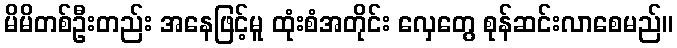
မိမိတစ်ဦးတည်း အနေဖြင့်မူ ထုံးစံအတိုင်း လှေတွေ စုန်ဆင်းလာစေမည်။